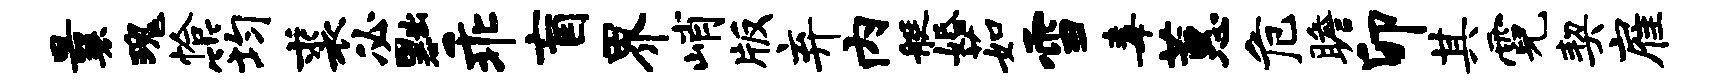
曩瑰恰筠裘必黜乖盲界峭版弃内艇婚茹雪毒蕙危瞻卯其霓契雇